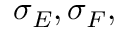
\sigma _ { E } , \sigma _ { F } ,